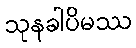
သုနခါပိမဿ